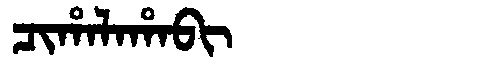
Manchu: ᠴᡳᡥᠠᠯᠠᡥᠠᠪᡳ
Romanization: CIHALAHABI